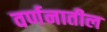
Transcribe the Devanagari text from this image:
वर्णनातील